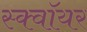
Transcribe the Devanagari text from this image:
स्क्वॉयर